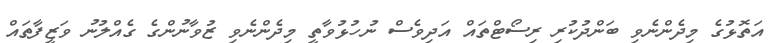
އަތޮޅުގެ މިދެންނެވި ބަންދުކުރި ރިސޯޓްތައް އަދިވެސް ނުހުޅުވާތީ މިދެންނެވި ޒުވާނުންގެ ގެއްލުނު ވަޒީފާތައް